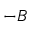
- \boldsymbol { B }